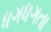
ધગધગતા